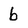
Character: b